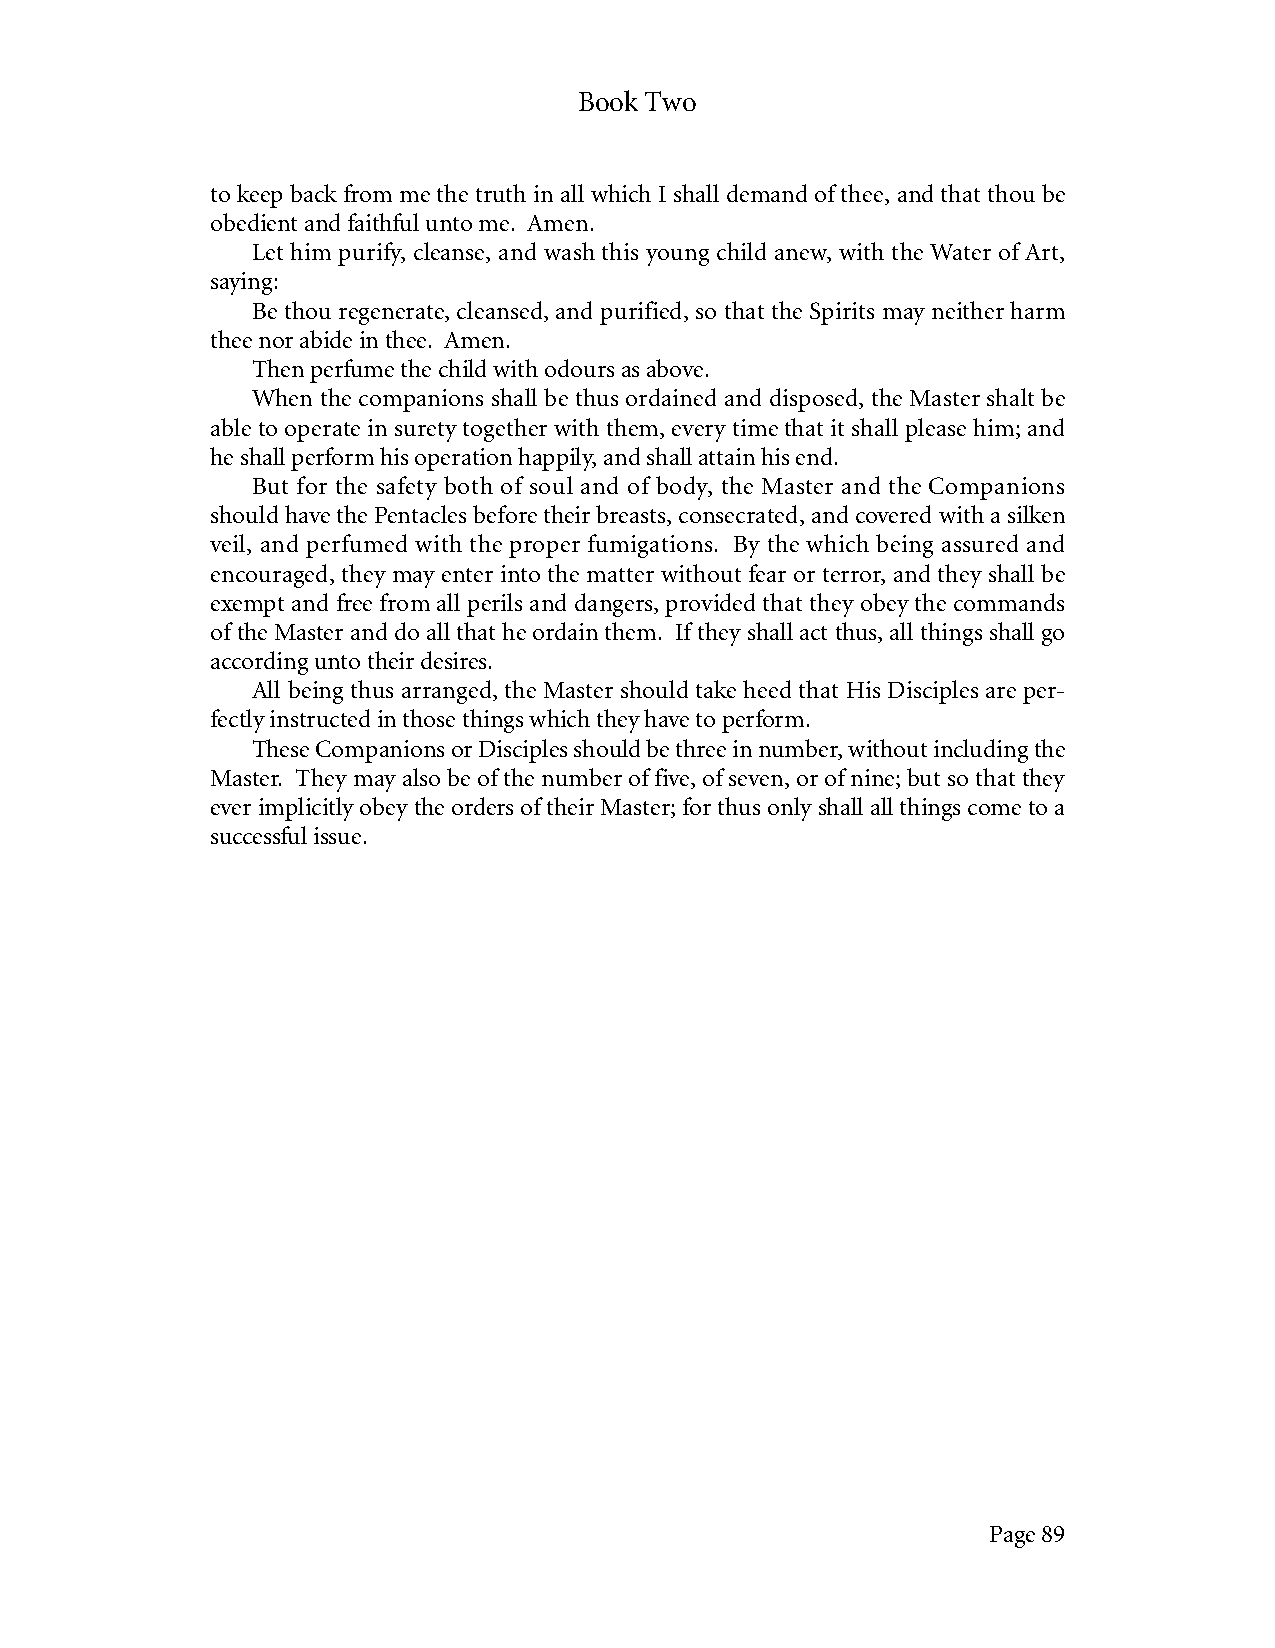
Book Two
 to keep back from me the truth in all which I shall demand of thee, and that thou be
 obedient and faithful unto me. Amen.
 Let him purify, cleanse, and wash this young child anew, with the Water of Art,
 saying:
 Be thou regenerate, cleansed, and purified, so that the Spirits may neither harm
 thee nor abide in thee. Amen.
 Then perfume the child with odours as above.
 When the companions shall be thus ordained and disposed, the Master shalt be
 able to operate in surety together with them, every time that it shall please him; and
 he shall perform his operation happily, and shall attain his end.
 But for the safety both of soul and of body, the Master and the Companions
 should have the Pentacles before their breasts, consecrated, and covered with a silken
 veil, and perfumed with the proper fumigations. By the which being assured and
 encouraged, they may enter into the matter without fear or terror, and they shall be
 exempt and free from all perils and dangers, provided that they obey the commands
 of the Master and do all that he ordain them. If they shall act thus, all things shall go
 according unto their desires.
 All being thus arranged, the Master should take heed that His Disciples are per-
 fectly instructed in those things which they have to perform.
 These Companions or Disciples should be three in number, without including the
 Master. They may also be of the number of five, of seven, or of nine; but so that they
 ever implicitly obey the orders of their Master; for thus only shall all things come to a
 successful issue.
 Page 89